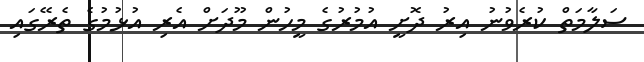
ސަލާމަތް ކުރެވުނު އިރު ދޮށީ އުމުރުގެ މީހުން މޫދަށް އެރި އުޅުމުގެ ތެރޭގައި